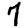
Digit: 7